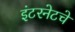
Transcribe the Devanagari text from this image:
इंटरनेटचे